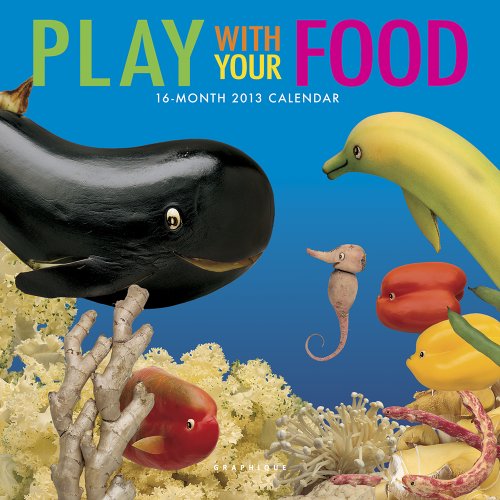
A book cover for Play With Your Food 2013 Calendar (Multilingual Edition); Calendars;